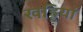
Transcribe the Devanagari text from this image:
खड्डियां